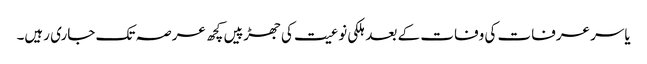
یاسر عرفات کی وفات کے بعد ہلکی نوعیت کی جھڑپیں کچھ عرصہ تک جاری رہیں۔